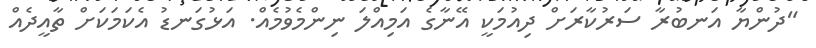
"ދުންޔާ އަނބުރާ ސަރުކާރަށް ދިއުމަކީ އޭނާގެ އަމިއްލަ ނިންމެވުމެއް. އަޅުގަނޑު އެކަމަކަށް ތާއީދެއް